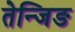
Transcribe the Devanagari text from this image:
तेन्जिङ